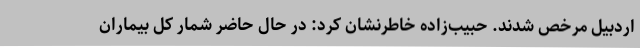
اردبیل مرخص شدند. حبیب‌زاده خاطرنشان کرد: در حال حاضر شمار کل بیماران